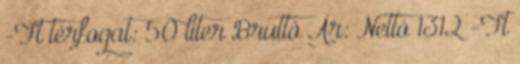
-Ft térfogat: 50 liter Bruttó Ár: Nettó 1312 -Ft